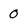
Character: 0